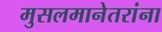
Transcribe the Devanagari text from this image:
मुसलमानेतरांना